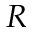
R